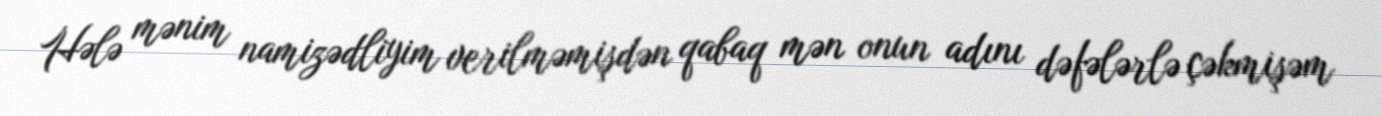
Hələ mənim namizədliyim verilməmişdən qabaq mən onun adını dəfələrlə çəkmişəm